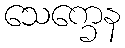
သေက္ခေန